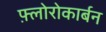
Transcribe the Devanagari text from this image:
फ़्लोरोकार्बन